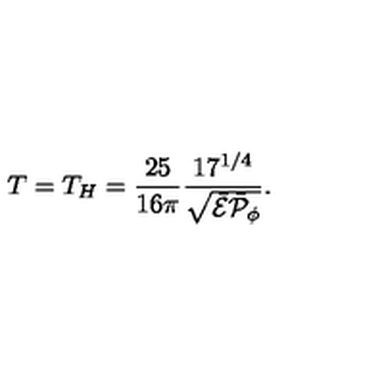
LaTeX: T = T _ { H } = { \frac { 2 5 } { 1 6 \pi } } { \frac { 1 7 ^ { 1 / 4 } } { \sqrt { \bar { \cal E } \bar { \cal P } _ { \phi } } } } .